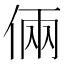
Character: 倆